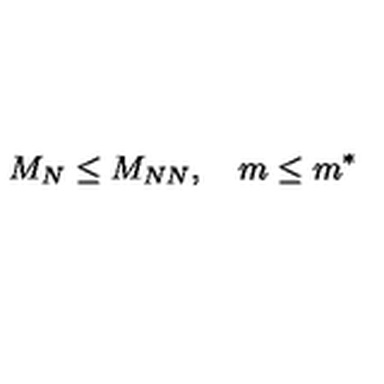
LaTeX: M _ { N } \leq M _ { N N } , \quad m \leq m ^ { \ast }